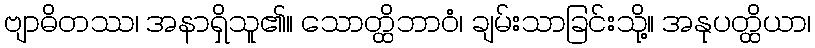
ဗျာဓိတဿ၊ အနာရှိသူ၏။ သောတ္ထိဘာဝံ၊ ချမ်းသာခြင်းသို့။ အနုပတ္ထိယာ၊